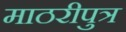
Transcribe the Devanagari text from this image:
माठरीपुत्र